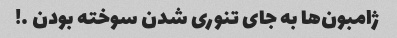
ژامبون‌ها به جای تنوری شدن سوخته بودن …!